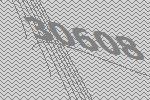
30608